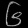
Digit: ၆